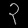
Digit: ၃